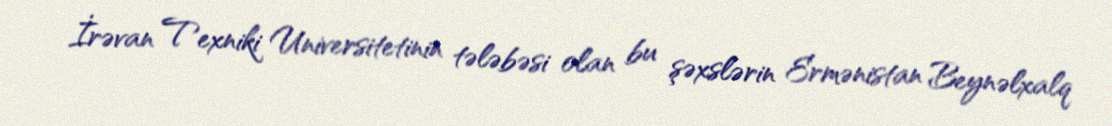
İrəvan Texniki Universitetinin tələbəsi olan bu şəxslərin Ermənistan Beynəlxalq